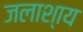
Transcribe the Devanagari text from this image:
जलाश्‍ाय